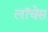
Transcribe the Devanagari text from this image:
लॉचेस